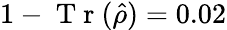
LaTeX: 1-\mathrm{~T~r~}(\hat{\rho})=0.02